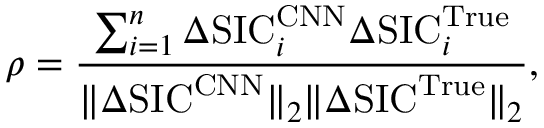
\rho = \frac { \sum _ { i = 1 } ^ { n } \Delta \mathrm { S I C } _ { i } ^ { \mathrm { C N N } } \Delta \mathrm { S I C } _ { i } ^ { \mathrm { T r u e } } } { \Vert \Delta \mathrm { S I C } ^ { \mathrm { C N N } } \Vert _ { 2 } \Vert \Delta \mathrm { S I C } ^ { \mathrm { T r u e } } \Vert _ { 2 } } ,